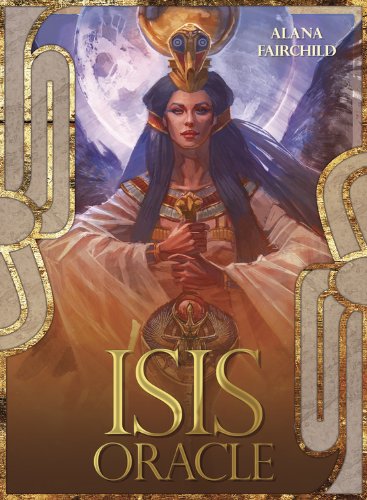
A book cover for Isis Oracle; Alana Fairchild; Religion & Spirituality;